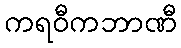
ကရဝီကဘာဏီ